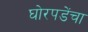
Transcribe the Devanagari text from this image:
घोरपडेंचा